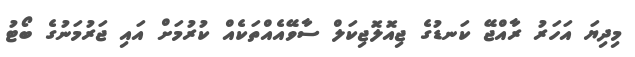
މިދިޔަ އަހަރު ރާއްޖޭ ކަނޑުގެ ޖިއޮލޮޖިކަލް ސާވޭއެއްތަކެއް ކުރުމަށް އައި ޖަރުމަނުގެ ބޯޓު